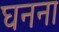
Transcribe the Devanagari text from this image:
घनना